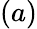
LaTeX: (a)